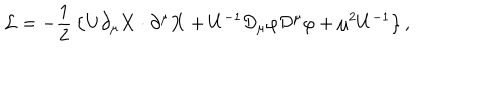
{ \cal L } = - { \frac { 1 } { 2 } } \left\{ U \partial _ { \mu } { \bf X } \cdot \partial ^ { \mu } { \bf X } + U ^ { - 1 } { \cal D } _ { \mu } \varphi { \cal D } ^ { \mu } \varphi + \mu ^ { 2 } U ^ { - 1 } \right\} ,